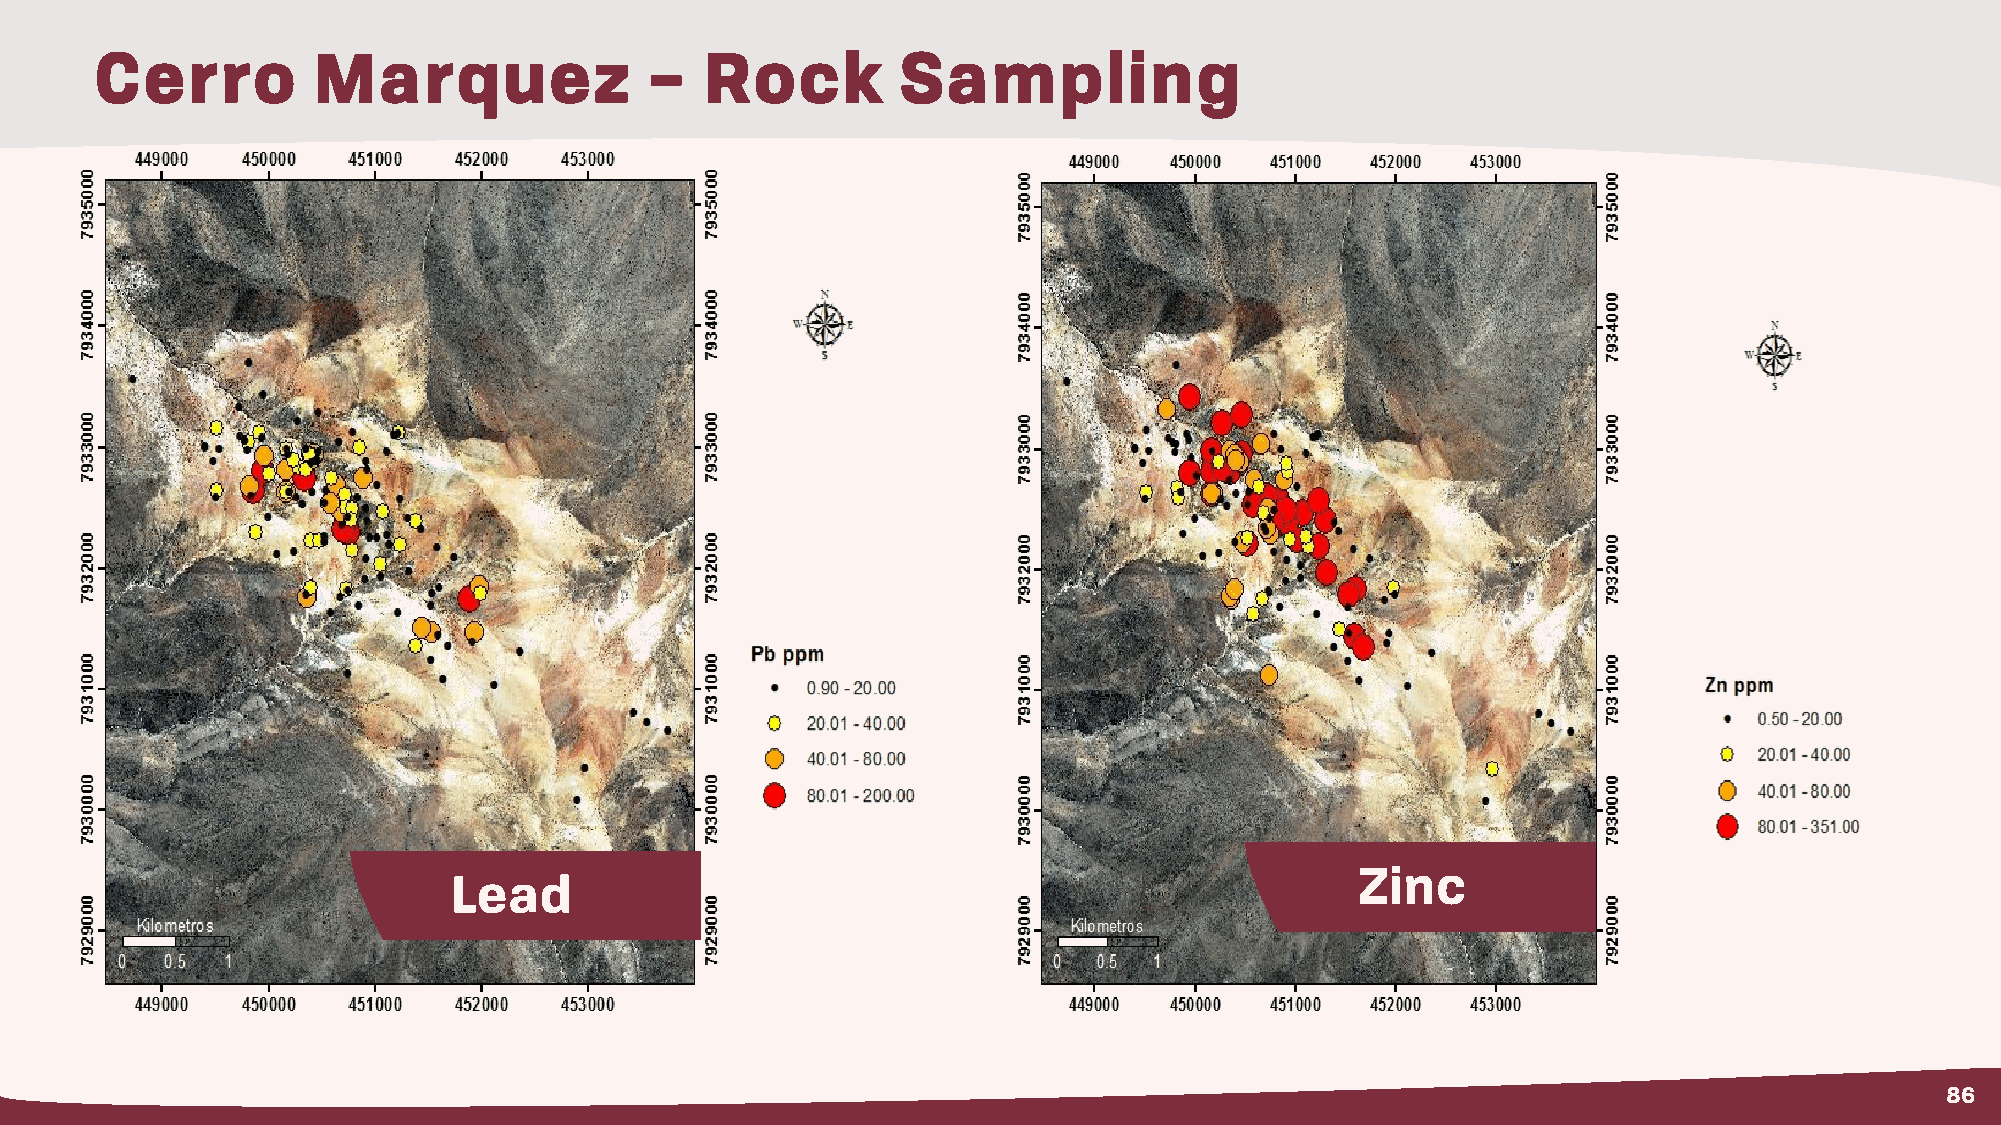
Cerro          Marquez               –   Rock         Sampling
 Zinc
 Lead
 86